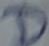
Text: D